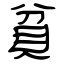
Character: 貧